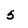
Character: 5